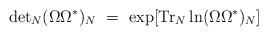
LaTeX: \begin{align*}{\rm det}_N (\Omega \Omega^* )_N \ =\ \exp [{\rm Tr}_N \ln (\Omega\Omega^* )_N ]\end{align*}